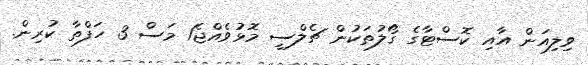
ވިލިއަން އާއި ކޮސްޓާގެ ގޯލުތަކުން ޗެލްސީ މޮޅުވެއްޖެ1 މަސް 3 ހަފްތާ ކުރިން.